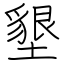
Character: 墾